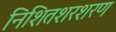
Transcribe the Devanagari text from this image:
निशितशरशरण